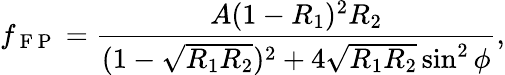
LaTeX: f_{\mathrm{~F~P~}}=\frac{A(1-R_{1})^{2}R_{2}}{(1-\sqrt{R_{1}R_{2}})^{2}+4\sqrt{R_{1}R_{2}}\sin^{2}{\phi}},